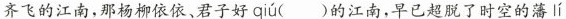
齐飞的江南，那杨柳依依、君子好 qiu ()的江南，早已超脱了时空的薄 lí